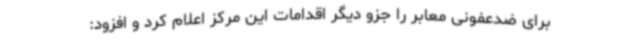
برای ضدعفونی معابر را جزو دیگر اقدامات این مرکز اعلام کرد و افزود: